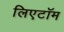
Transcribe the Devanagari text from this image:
लिएटॉम